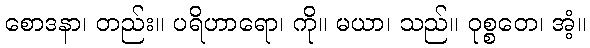
စောဒနာ၊ တည်း။ ပရိဟာရော၊ ကို။ မယာ၊ သည်။ ဝုစ္စတေ၊ အံ့။